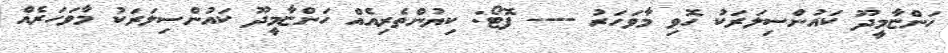
ހަންޏާމީދޫ ކައުންސިލަރަކު ހޮވި މާވަހަރު ---- ފޮޓޯ: ކިޔުންތެރިއެއް ހަންޏާމީދޫ ކައުންސިލަރަކު މާވަހަރެއް